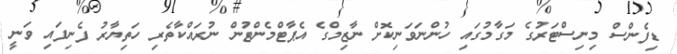
ޑިފެންސް މިނިސްޓަރުގެ މަގާމުގައި ހުންނަވަނިކޮށް ނާޒިމްގެ އެޕާޓްމެންޓުން ނުރައްކާތެރި ހަތިޔާރު ފެނިފައި ވަނީ